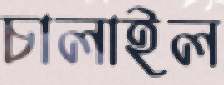
চালাইল